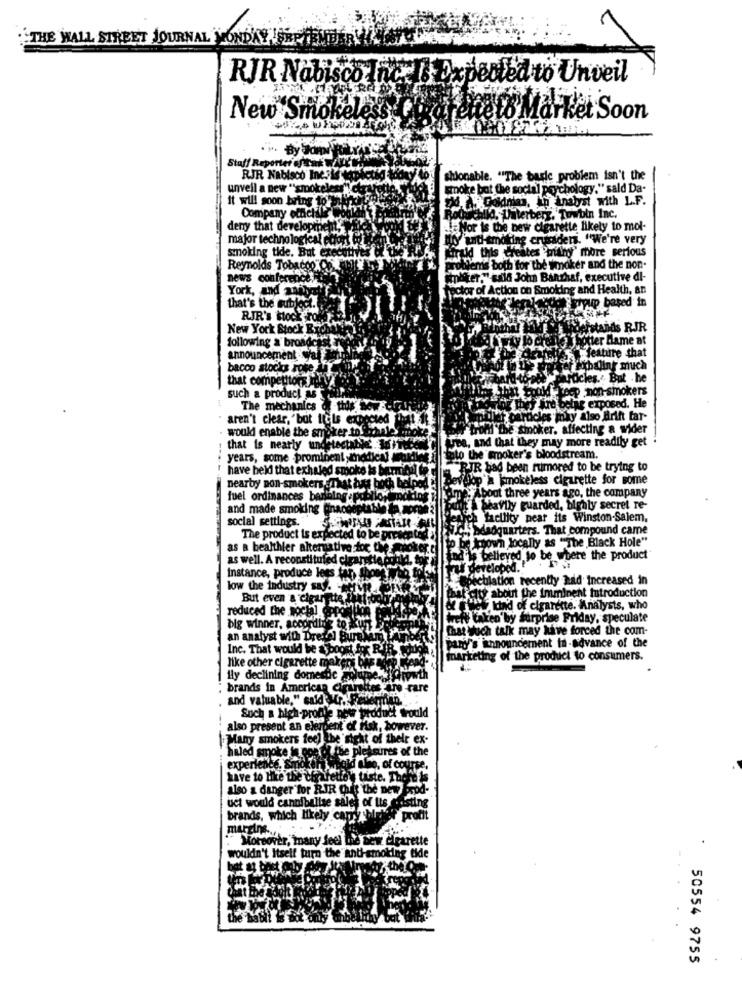
THE WALL STREET JOURNAL VONDAY !
RIR Nabisco Inc.I
ented to Unveil
New Smokeless
Soon
Staff Reporter oftak Tour' Min
RJR Nabisco Ine's etdes
sionable. "The basic problem isn't the
unvell a new "'smokeless" cty
smoke but the social psychology." sald Da-
it will soon bring to
26. A Dodnes, In analyst with L.F.
Company ochcluster
hachild, Laterberg. Tuwbin Inc.
deny that development,
Vor is the new cigarette likely to mol-
major technological sofort og
Lo anti-emotiing crusader. "We're very
smoking tide. But executive
kiruld this creates 'mithy" more serious
Reynolds Tobacco Co
problems both for the smoker and the non-
news conference;
spliter," said John Banzhaf, executive di-
York, and analyst
Toctor of Action on Smoking and Health, an
Clenlacto Frpup based in
that's the subject.
RJR's stock rok
New York Stock Bic
Herstands RJR
following a broadcast
vy to create \ hotter Llame at
DERfeature that
announcement yall
bacoo stocks rose di
Porter whaling much
that competitors Play
towelFarocles .: But . he
pat Could keep non-smokers
such a product as
The mechanics of this so-
ring they are being exposed. He
aren't clear, 'bot ticiis expected the
pardeles may also Arift far-
would enable the smoker to Schale ..
rohi the smoker, affecting & wider
Arba, and that they may more readily get
that is nearly undetec
nortectablet . MaiTe
years, some -prominent inedical
Etato the smoker's bloodstream.
have held that exhaled smoke is bertin te
RIR bad been rumored to be trying to
levoop'a kmokeless cigarette for some
nearby non-smokers sThat huss boch belpod !
fame, About three years ago, the company
fuel ordinances barleing po
and made smoking einacceptat
early guarded, bighly secret re-
social settings.
enich facility bear its Winston-Salem,
Tcl Edadquarters. That compound came
The product is expected to be presente
to be known locally as "The Black Hole"
as a healthier alternative for the
as well. A reconstituted cigarette could, to
and is believed to be where the product
Instance, produce lees tar, Shone
rus developed. " . ..
culation recently had Increased in
low the industry says -up
That city about the imminent introduction
But even a cigarette thatrooty
reduced the woctal @ppom
& tw Icini'd of cigarette. Analysts, who
welt taken by surprise Friday, speculate
big winner, according to Kunt
That such talk may have forced the com-
an analyst with Dretel Burakam TA
pany's announcement in-advance of the
Inc. That would be a boost for RI
like other cigarette makers bi
marketing of the product to consumers.
Hly declining domestic gs
tro -care
brands in American Sand
and valuable," said tr. Free
Such a high-profile news product would
also present an elerdent of fisk, however.
Many smokers feel the sight of their ex-
hiled smoke ie ppeof the pleasures of the
experience. Smoker
Paid also, of course,
have to like the offafette's taste. There is
also a danger for RIR Chuis the new
uct would canniballse sales of Its
brands, which likely camry bietet profit
margins
Moreover, many feel be bew cigarette
wouldn't Itself turn the anti-smoking tide
The
50554 9755